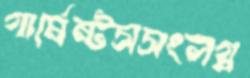
গার্মেন্টসসংলগ্ন